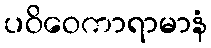
ပဝိဝေကာရာမာနံ